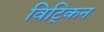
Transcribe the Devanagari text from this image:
विट्किन